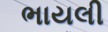
ભાયલી